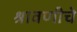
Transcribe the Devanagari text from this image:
श्रावणीचे